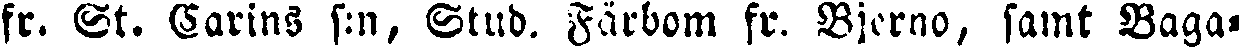
fr. St. Carins s:n, Stud. Färbom fr. Bjerno, samt Baga-